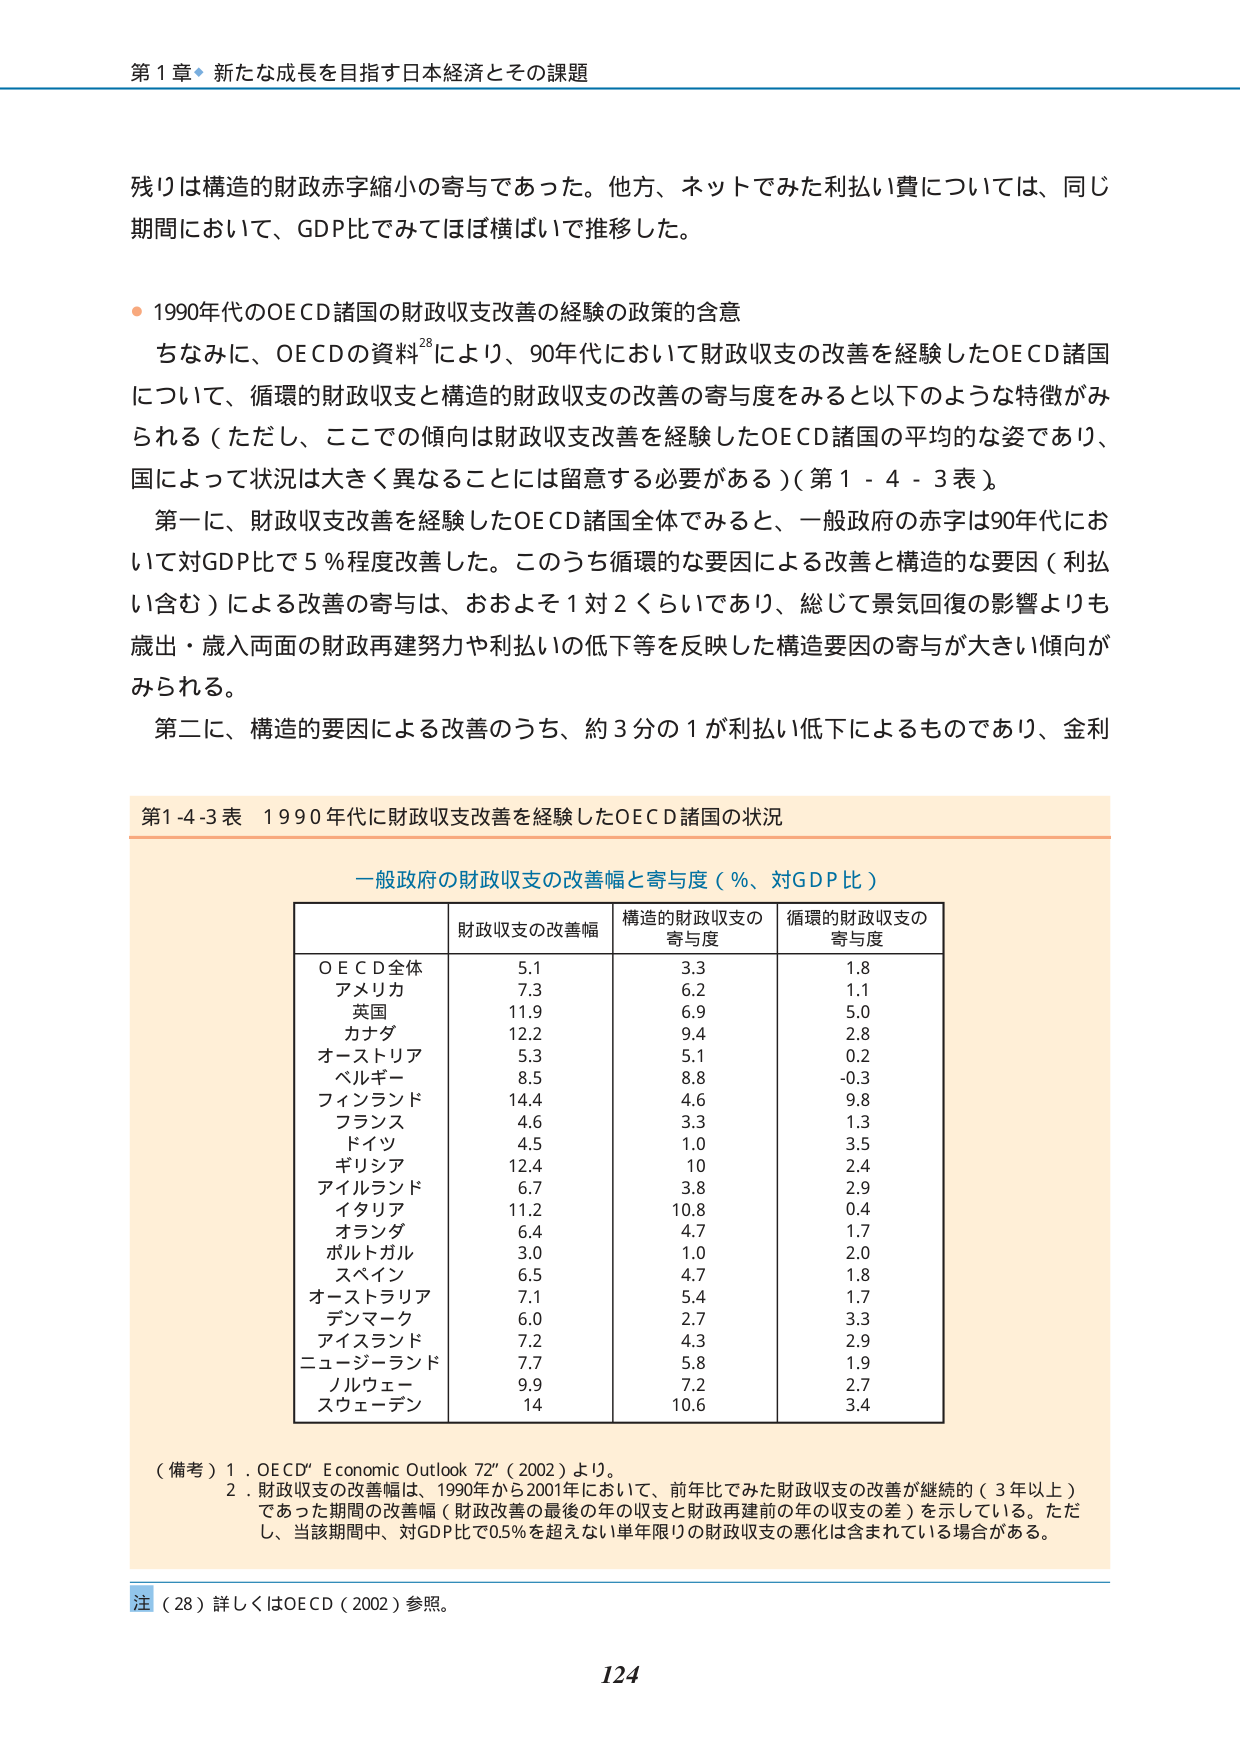
第１章 新たな成長を目指す日本経済とその課題

残りは構造的財政赤字縮小の寄与であった。他方、ネットでみた利払い費については、同じ期間において、GDP比でみてほぼ横ばいで推移した。

・1990年代のOECD諸国の財政収支改善の経験の政策的含意
　ちなみに、OECDの資料28により、90年代において財政収支の改善を経験したOECD諸国について、循環的財政収支と構造的財政収支の改善の寄与度をみると以下のような特徴がみられる（ただし、ここでの傾向は財政収支改善を経験したOECD諸国の平均的な姿であり、国によって状況は大きく異なることには留意する必要がある）（第1-4-3表）。
　第一に、財政収支改善を経験したOECD諸国全体でみると、一般政府の赤字は90年代において対GDP比で5％程度改善した。このうち循環的な要因による改善と構造的な要因（利払い含む）による改善の寄与は、おおよそ1対2くらいであり、総じて景気回復の影響よりも歳出・歳入両面の財政再建努力や利払いの低下等を反映した構造要因の寄与が大きい傾向がみられる。
　第二に、構造的要因による改善のうち、約3分の1が利払い低下によるものであり、金利

第1-4-3表 1990年代に財政収支改善を経験したOECD諸国の状況

一般政府の財政収支の改善幅と寄与度（％、対GDP比）

| | 財政収支の改善幅 | 構造的財政収支の寄与度 | 循環的財政収支の寄与度 |
|---|---|---|---|
| OECD全体 | 5.1 | 3.3 | 1.8 |
| アメリカ | 7.3 | 6.2 | 1.1 |
| 英国 | 11.9 | 6.9 | 5.0 |
| カナダ | 12.2 | 9.4 | 2.8 |
| オーストリア | 5.3 | 5.1 | 0.2 |
| ベルギー | 8.5 | 8.8 | -0.3 |
| フィンランド | 14.4 | 4.6 | 9.8 |
| フランス | 4.6 | 3.3 | 1.3 |
| ドイツ | 4.5 | 1.0 | 3.5 |
| ギリシア | 12.4 | 10 | 2.4 |
| アイルランド | 6.7 | 3.8 | 2.9 |
| イタリア | 11.2 | 10.8 | 0.4 |
| オランダ | 6.4 | 4.7 | 1.7 |
| ポルトガル | 3.0 | 1.0 | 2.0 |
| スペイン | 6.5 | 4.7 | 1.8 |
| オーストラリア | 7.1 | 5.4 | 1.7 |
| デンマーク | 6.0 | 2.7 | 3.3 |
| アイスランド | 7.2 | 4.3 | 2.9 |
| ニュージーランド | 7.7 | 5.8 | 1.9 |
| ノルウェー | 9.9 | 7.2 | 2.7 |
| スウェーデン | 14 | 10.6 | 3.4 |

（備考）1．OECD「Economic Outlook 72」（2002）より。
　　　2．財政収支の改善幅は、1990年から2001年において、前年比でみた財政収支の改善が継続的（3年以上）であった期間の改善幅（財政改善の最後の年の収支と財政再建前の年の収支の差）を示している。ただし、当該期間中、対GDP比で0.5％を超えない1単年限りの財政収支の悪化は含まれている場合がある。

注（28）詳しくはOECD（2002）参照。

124